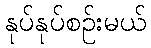
နုပ်နုပ်စဉ်းမယ်